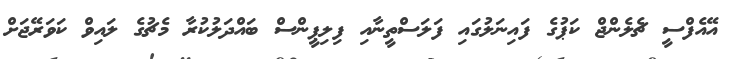
އޭއެފްސީ ޗެލެންޖް ކަޕުގެ ފައިނަލުގައި ފަލަސްތީނާއި ފިލިޕީންސް ބައްދަލުކުރާ މެޗުގެ ލައިވް ކަވަރޭޖަށް